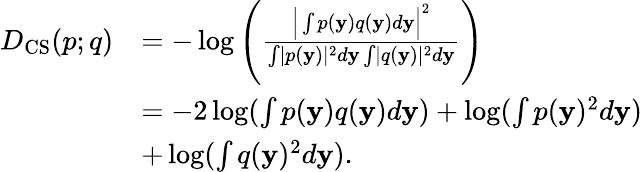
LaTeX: \begin{array}{rl}{D_{\mathrm{CS}}(p;q)}&{=-\log\left(\frac{\Big|\int p(\mathbf{y})q(\mathbf{y})d\mathbf{y}\Big|^{2}}{\int\mid p(\mathbf{y})\mid^{2}d\mathbf{y}\int\mid q(\mathbf{y})\mid^{2}d\mathbf{y}}\right)}\\ &{=-2\log(\int p(\mathbf{y})q(\mathbf{y})d\mathbf{y})+\log(\int p(\mathbf{y})^{2}d\mathbf{y})}\\ &{+\log(\int q(\mathbf{y})^{2}d\mathbf{y}).}\end{array}